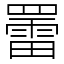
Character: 䍣